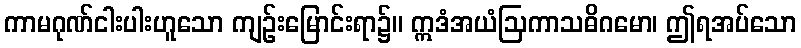
ကာမဂုဏ်ငါးပါးဟူသော ကျဉ်းမြောင်းရာ၌။ ဣဒံအယံဩကာသဓိဂမော၊ ဤရအပ်သော